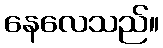
နေလေသည်။